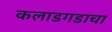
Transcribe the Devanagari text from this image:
कलाडगडाचा